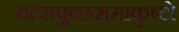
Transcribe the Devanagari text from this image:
वत्सपुच्छसमाकृष्टो